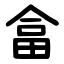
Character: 畣